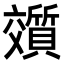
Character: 𬽟